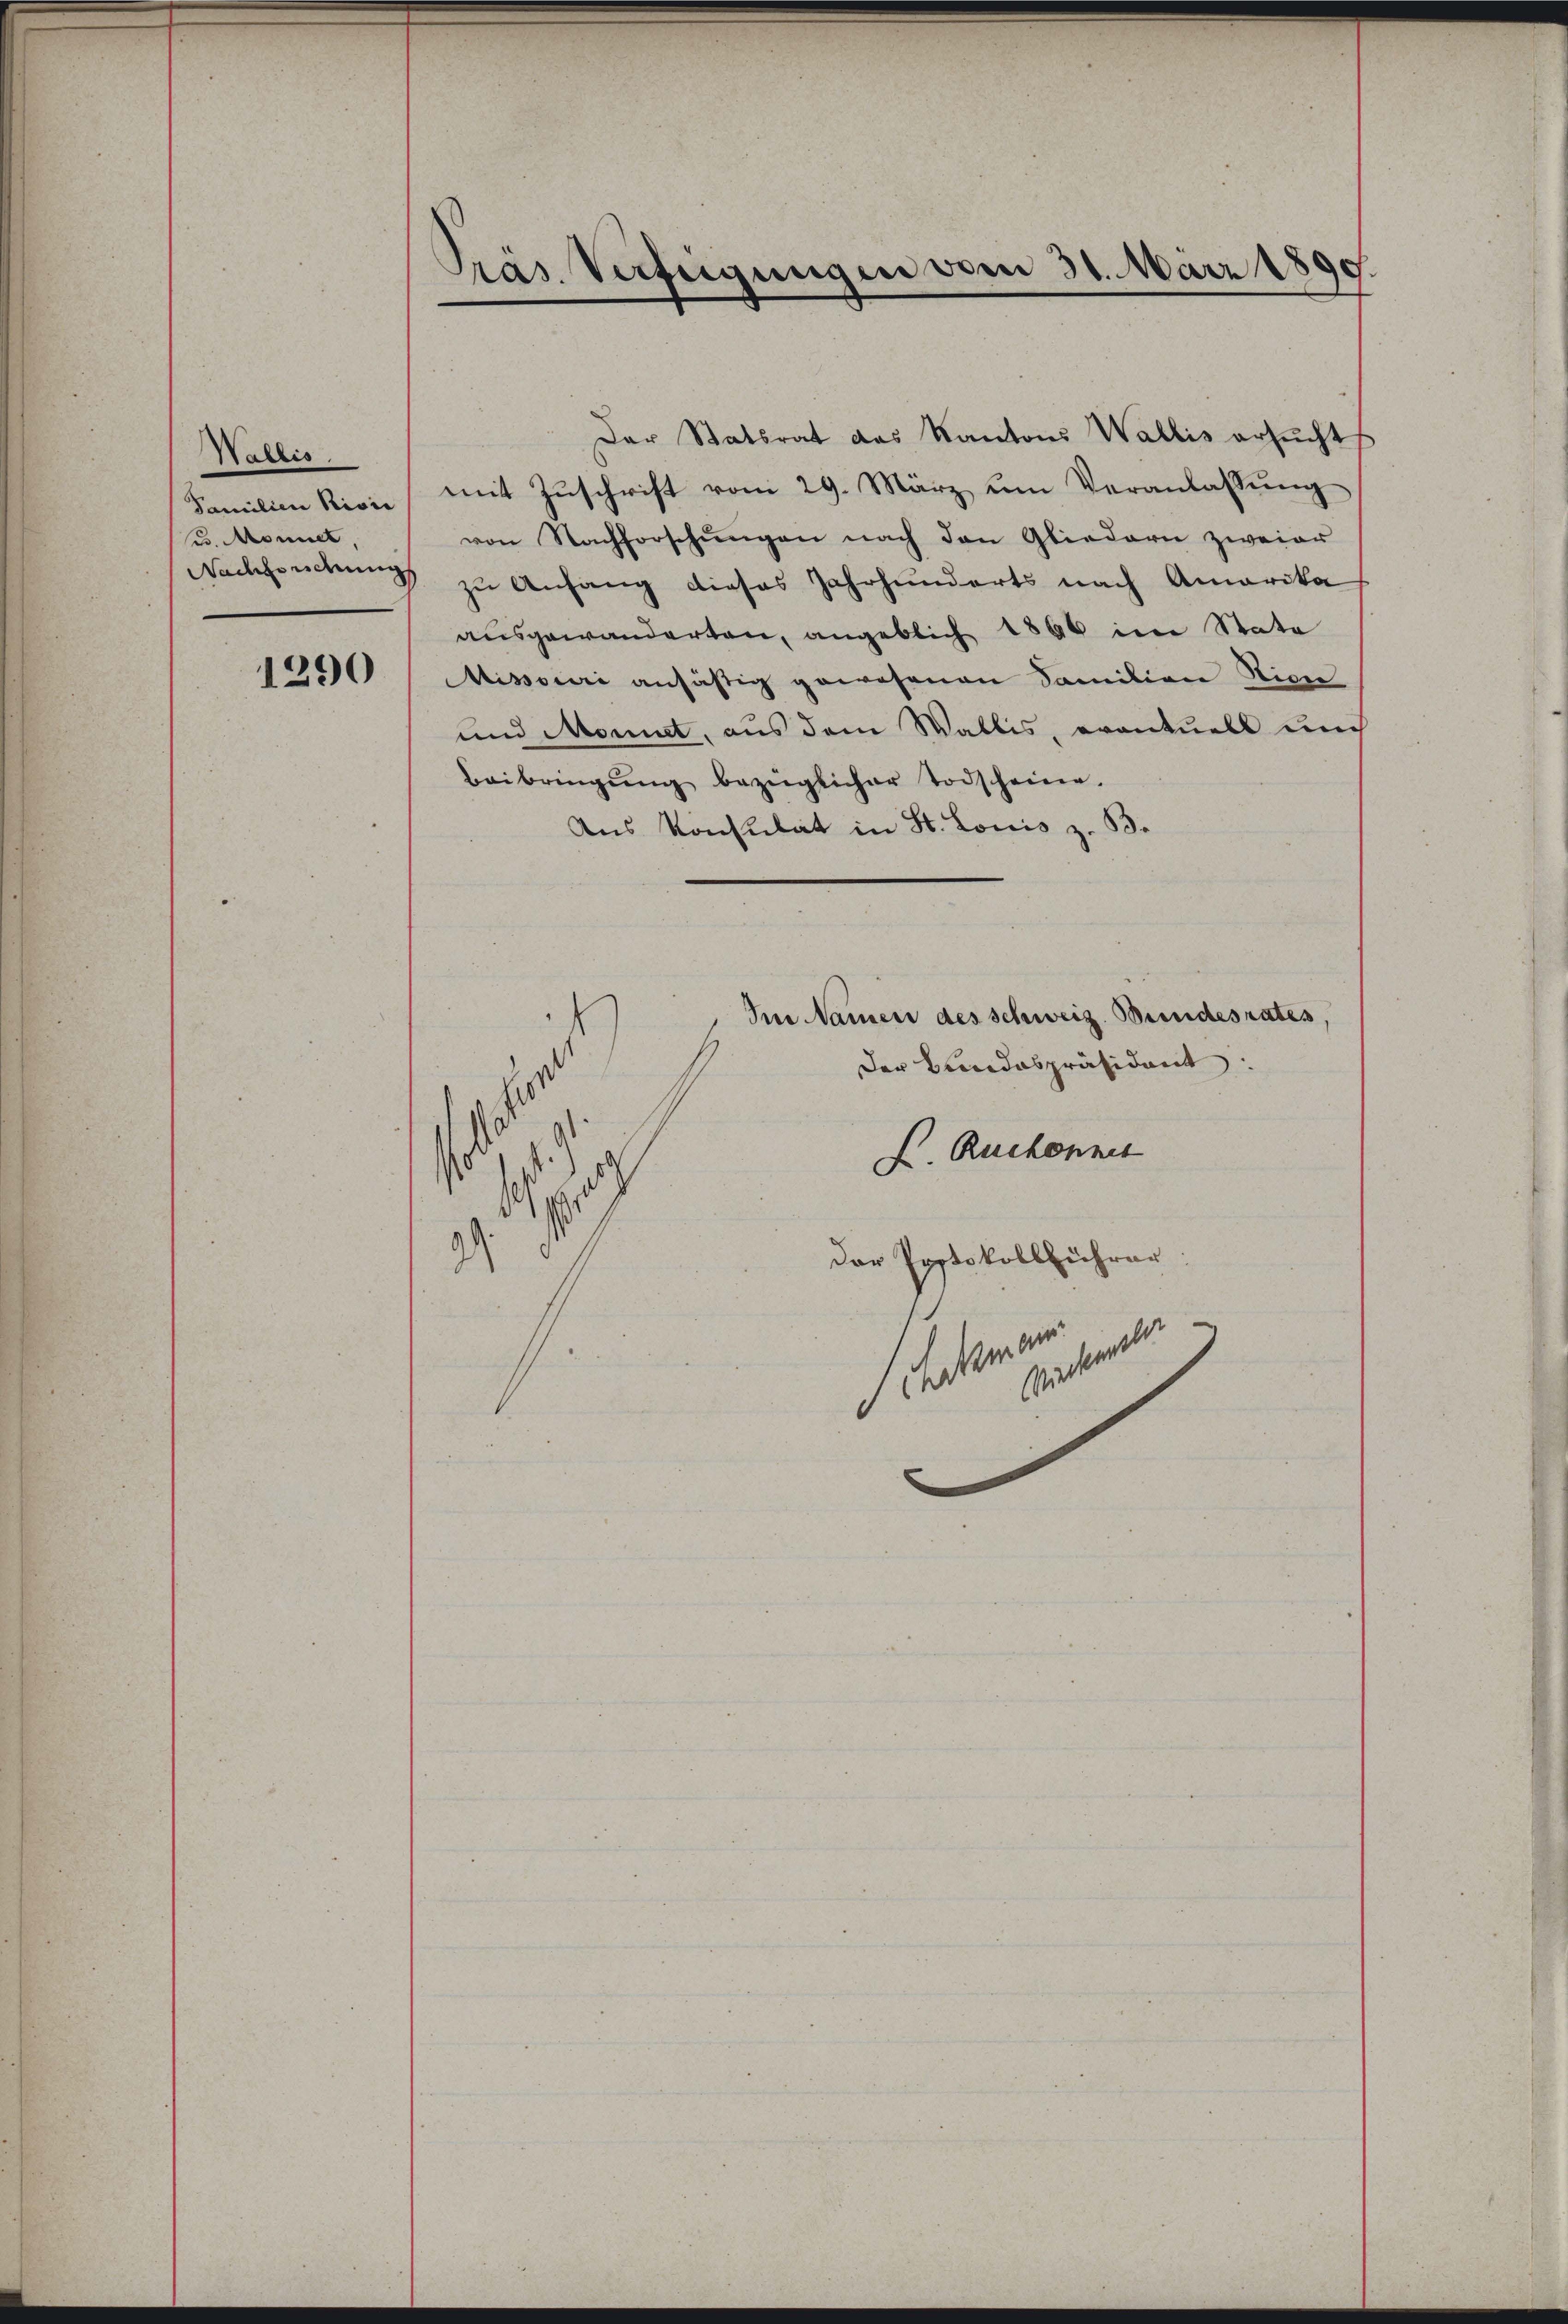
Wallis
Familien Rivie
u. Monnet,
Nachsendung

1290

Pras Verfügungen vom 30. März 1890

Der Statsrat das Kantons Wallis ersŭcht,
mit Zŭschrift vom 29. März ŭm Veranlassŭng
von Nachforschŭngen nach den Gliedern zweier
zu Anfang dieses Jahrhunderts nach Amerika
ausgewanderten, angeblich 1890 im State
Missorii ansäßig gewesenen Familien Vice-
und Monnet, aus dem Wallis, eventuell und
Beibringŭng bezüglicher Todscheine.
Aus Konsulat in St. Lonis z. B.
Ie Namen des schweiz. Bundesrates
Der Bundespräsident:
K. Ruchonnet
.
r
9
Der Postokollführer
Antheil
s. Jahr